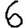
Digit: 6